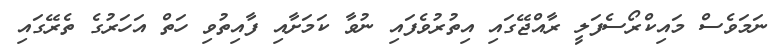
ނަމަވެސް މައިކްރޯސެފަލީ ރާއްޖޭގައި އިތުރުވެފައި ނުވާ ކަމަށާއި ފާއިތުވި ހަތް އަހަރުގެ ތެރޭގައި